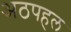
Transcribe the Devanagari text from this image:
अठपहल